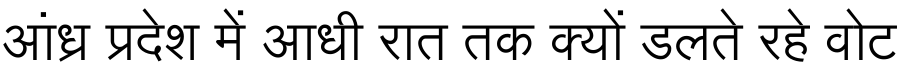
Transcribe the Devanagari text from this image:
आंध्र प्रदेश में आधी रात तक क्यों डलते रहे वोट